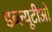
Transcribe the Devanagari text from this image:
डब्‍ल्यूटीओ